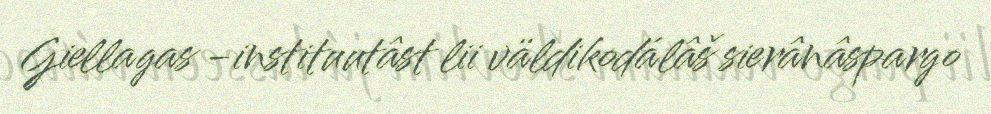
Giellagas -instituutâst lii väldikodálâš sierânâspargo